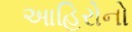
આહિરોનો